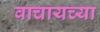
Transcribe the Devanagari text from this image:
वाचायच्या